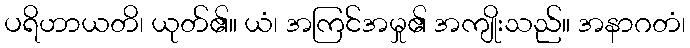
ပရိဟာယတိ၊ ယုတ်၏။ ယံ၊ အကြင်အမှု၏ အကျိုးသည်။ အနာဂတံ၊